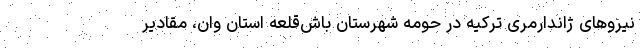
نیروهای ژاندارمری ترکیه در حومه شهرستان باش‌قلعه استان وان، مقادیر